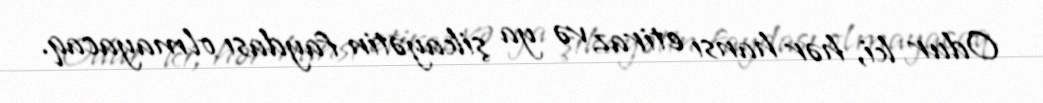
Odur ki, hər hansı etiraz və ya şikayətin faydası olmayacaq.